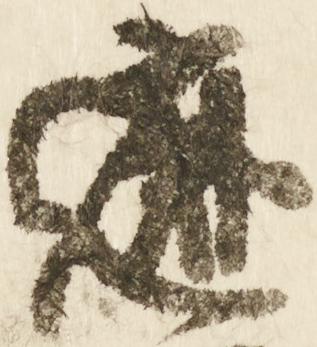
遮